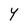
Character: Y